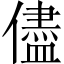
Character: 儘